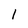
Character: 1